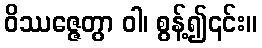
ဝိဿဇ္ဇေတွာ ဝါ၊ စွန့်၍၎င်း။